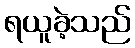
ရယူခဲ့သည်